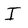
Character: I